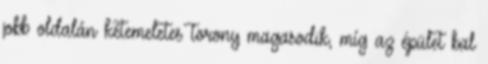
jobb oldalán kétemeletes torony magasodik, míg az épület bal